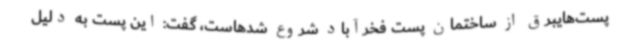
پست‌هایبرق از ساختمان پست فخرآباد شروع شدهاست، گفت: این پست به دلیل